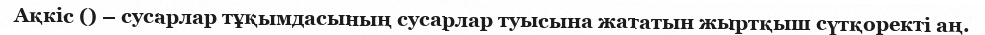
Ақкіс () – сусарлар тұқымдасының сусарлар туысына жататын жыртқыш сүтқоректі аң.